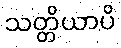
သတ္တိယာပိ